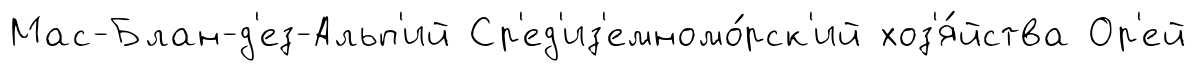
Мас-Блан-д'ез-Альп'ий Ср'ед'из'емномо́рск'ий хоз'я́йства Ор'ей